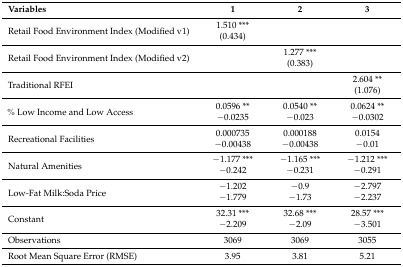
| Variables | 1 | 2 | 3 |
 | --- | --- | --- | --- |
 | <ROWSPAN=2> Retail Food Environment Index (Modified v1) | 1.510 *** |  |  |
 | (0.434) |  |  |
 | <ROWSPAN=2> Retail Food Environment Index (Modified v2) |  | 1.277 *** |  |
 |  | (0.383) |  |
 | <ROWSPAN=2> Traditional RFEI |  |  | 2.604 ** |
 |  |  | (1.076) |
 | <ROWSPAN=2> % Low Income and Low Access | 0.0596 ** | 0.0540 ** | 0.0624 ** |
 | −0.0235 | −0.023 | −0.0302 |
 | <ROWSPAN=2> Recreational Facilities | 0.000735 | 0.000188 | 0.0154 |
 | −0.00438 | −0.00438 | −0.01 |
 | <ROWSPAN=2> Natural Amenities | −1.177 *** | −1.165 *** | −1.212 *** |
 | −0.242 | −0.231 | −0.291 |
 | <ROWSPAN=2> Low-Fat Milk:Soda Price | −1.202 | −0.9 | −2.797 |
 | −1.779 | −1.73 | −2.237 |
 | <ROWSPAN=2> Constant | 32.31 *** | 32.68 *** | 28.57 *** |
 | −2.209 | −2.09 | −3.501 |
 | Observations | 3069 | 3069 | 3055 |
 | Root Mean Square Error (RMSE) | 3.95 | 3.81 | 5.21 |